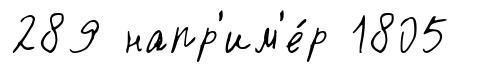
289 напр'им'е́р 1805